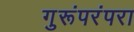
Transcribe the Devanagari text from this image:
गुरूंपरंपरा